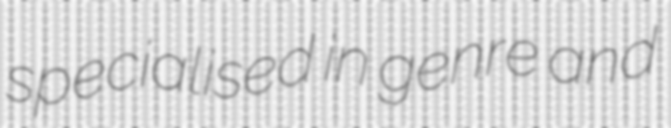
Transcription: specialised in genre and